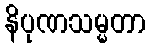
နိပုဏသမ္မတာ